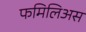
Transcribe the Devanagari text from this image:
फमिलिअस